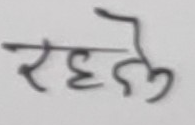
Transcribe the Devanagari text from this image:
रहते